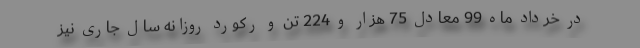
در خرداد ماه 99 معادل 75 هزار و 224 تن و رکورد روزانه سال جاری نیز